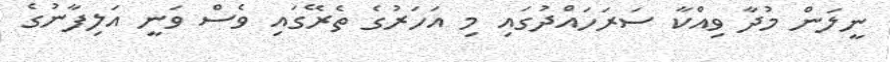
ނީލަން މުދާ ވިއްކާ ސަރަހައްދުގައި މި އަހަރުގެ ތެރޭގައި ވެސް ވަނީ އަލިފާނުގެ